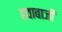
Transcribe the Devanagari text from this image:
हवाबाजी